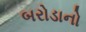
બરોડાનો